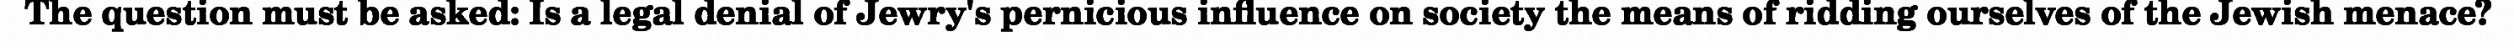
The question must be asked: Is a legal denial of Jewry's pernicious influence on society the means of ridding ourselves of the Jewish menace?